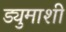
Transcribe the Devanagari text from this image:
ड्युमाशी